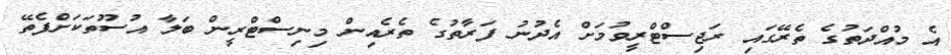
އެ މުއްދަތުގެ ތެރޭގައި ރަޖިސްޓްރީވުމަށް އެދުނު ފަރާތުގެ ތެރެއިން މިނިސްޓްރީން ބަލާ އުސޫތަކަށްފެތޭ